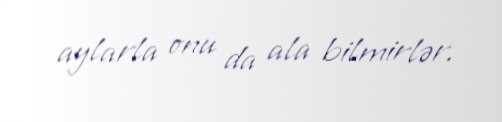
aylarla onu da ala bilmirlər.